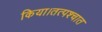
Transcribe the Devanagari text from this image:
किया।तत्पश्चात